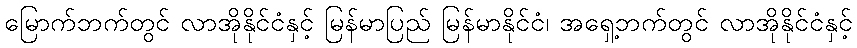
မြောက်ဘက်တွင် လာအိုနိုင်ငံနှင့် မြန်မာပြည် မြန်မာနိုင်ငံ၊ အရှေ့ဘက်တွင် လာအိုနိုင်ငံနှင့်